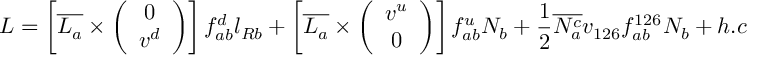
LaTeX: { \cal L } = \left[ \overline { { { L _ { a } } } } \times \left( \begin{array} { c } { { 0 } } \\ { { v ^ { d } } } \end{array} \right) \right] f _ { a b } ^ { d } l _ { R b } + \left[ \overline { { { L _ { a } } } } \times \left( \begin{array} { c } { { v ^ { u } } } \\ { { 0 } } \end{array} \right) \right] f _ { a b } ^ { u } N _ { b } + \frac { 1 } { 2 } \overline { { { N _ { a } ^ { c } } } } v _ { 1 2 6 } f _ { a b } ^ { 1 2 6 } N _ { b } + h . c